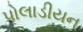
પોલાડીયન